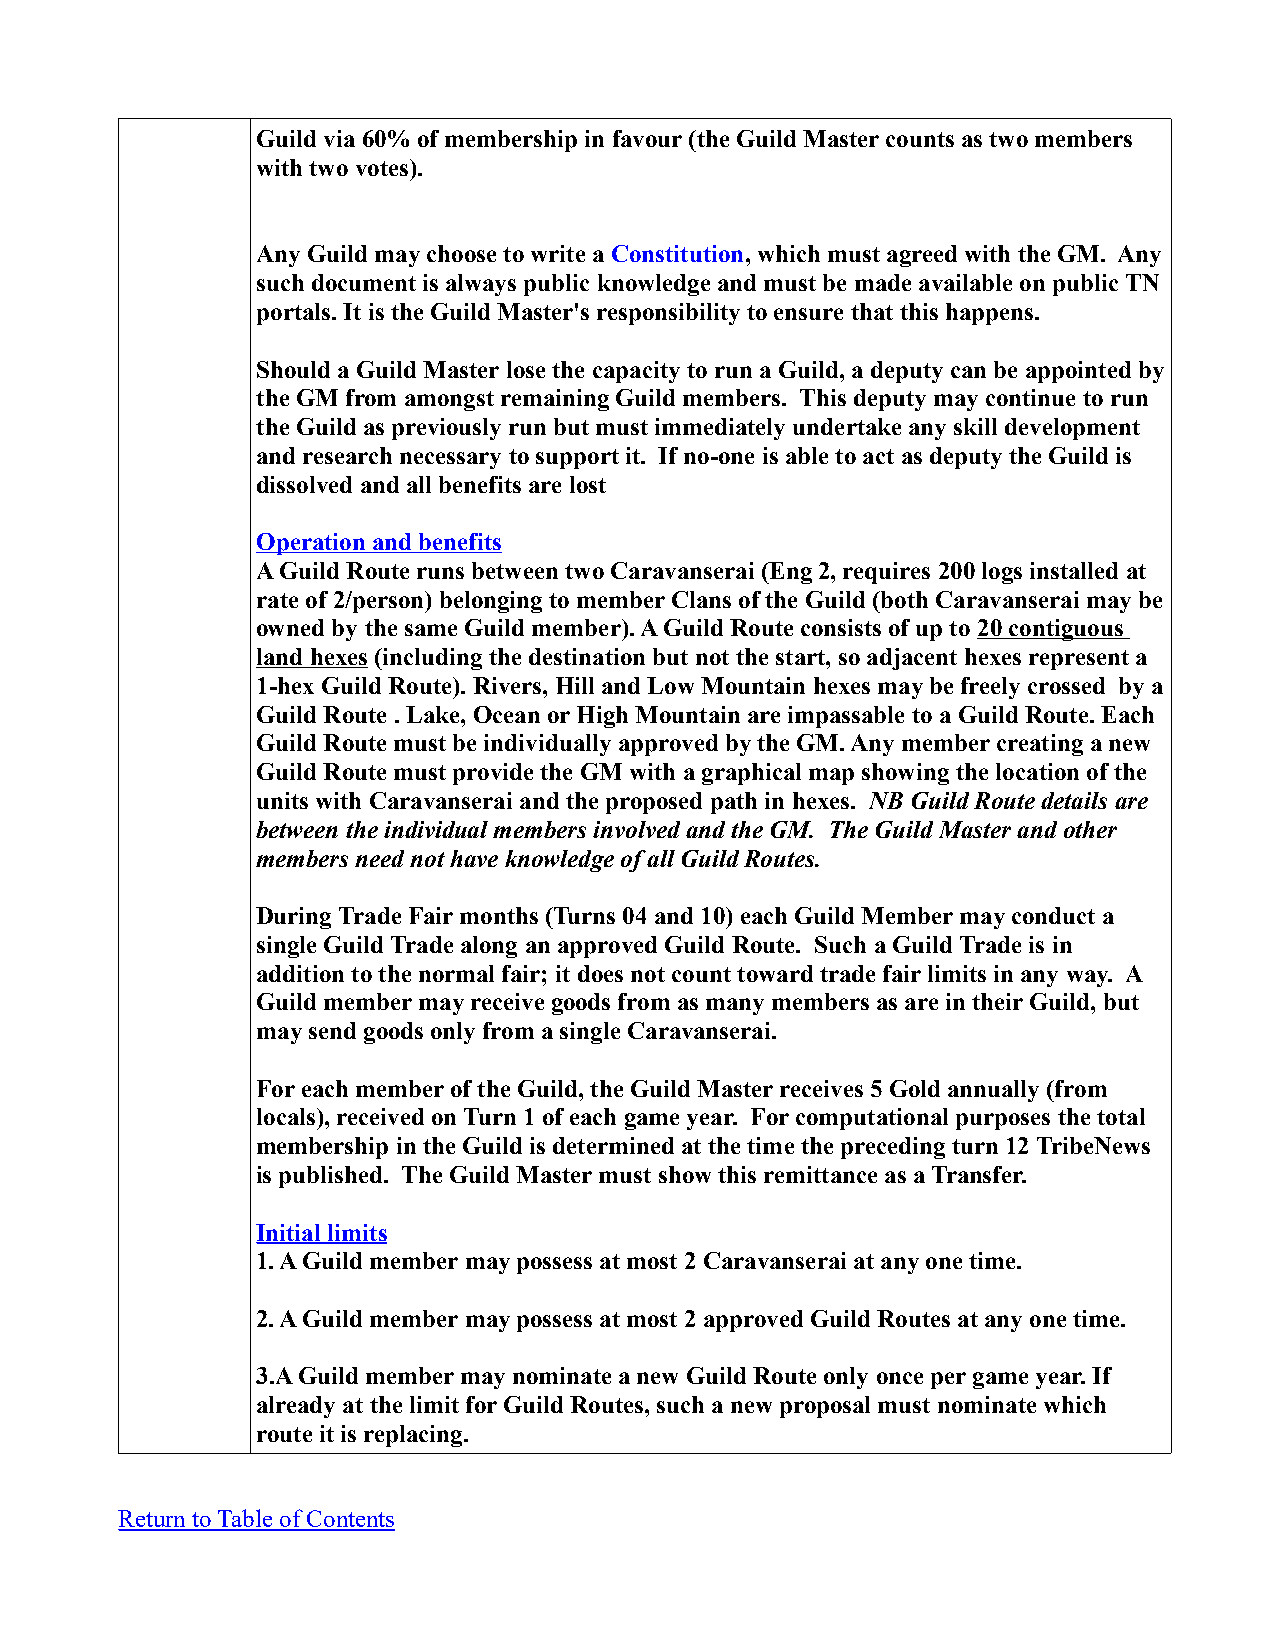
Guild via 60% of membership in favour (the Guild Master counts as two members
 with two votes).
 Any Guild may choose to write a Constitution, which must agreed with the GM. Any
 such document is always public knowledge and must be made available on public TN
 portals. It is the Guild Master's responsibility to ensure that this happens.
 Should a Guild Master lose the capacity to run a Guild, a deputy can be appointed by
 the GM from amongst remaining Guild members. This deputy may continue to run
 the Guild as previously run but must immediately undertake any skill development
 and research necessary to support it. If no-one is able to act as deputy the Guild is
 dissolved and all benefits are lost
 Operation and benefits
 A Guild Route runs between two Caravanserai (Eng 2, requires 200 logs installed at
 rate of 2/person) belonging to member Clans of the Guild (both Caravanserai may be
 owned by the same Guild member). A Guild Route consists of up to 20 contiguous
 land hexes (including the destination but not the start, so adjacent hexes represent a
 1-hex Guild Route). Rivers, Hill and Low Mountain hexes may be freely crossed by a
 Guild Route . Lake, Ocean or High Mountain are impassable to a Guild Route. Each
 Guild Route must be individually approved by the GM. Any member creating a new
 Guild Route must provide the GM with a graphical map showing the location of the
 units with Caravanserai and the proposed path in hexes. NB Guild Route details are
 between the individual members involved and the GM. The Guild Master and other
 members need not have knowledge of all Guild Routes.
 During Trade Fair months (Turns 04 and 10) each Guild Member may conduct a
 single Guild Trade along an approved Guild Route. Such a Guild Trade is in
 addition to the normal fair; it does not count toward trade fair limits in any way. A
 Guild member may receive goods from as many members as are in their Guild, but
 may send goods only from a single Caravanserai.
 For each member of the Guild, the Guild Master receives 5 Gold annually (from
 locals), received on Turn 1 of each game year. For computational purposes the total
 membership in the Guild is determined at the time the preceding turn 12 TribeNews
 is published. The Guild Master must show this remittance as a Transfer.
 Initial limits
 1. A Guild member may possess at most 2 Caravanserai at any one time.
 2. A Guild member may possess at most 2 approved Guild Routes at any one time.
 3.A Guild member may nominate a new Guild Route only once per game year. If
 already at the limit for Guild Routes, such a new proposal must nominate which
 route it is replacing.
 Return to Table of Contents